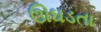
ઊઘડતા